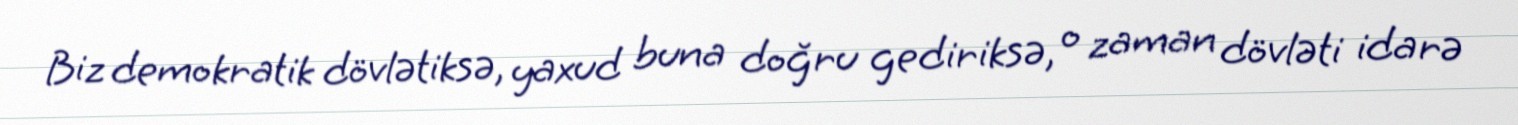
Biz demokratik dövlətiksə, yaxud buna doğru gediriksə, o zaman dövləti idarə